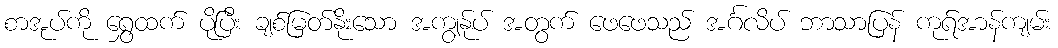
စာအုပ်ကို ရွှေထက် ပိုပြီး ချစ်မြတ်နိုးသော အကျွန်ုပ် အတွက် ဖေဖေသည် အင်္ဂလိပ် ဘာသာပြန် ကုရ်အာန်ကျမ်း